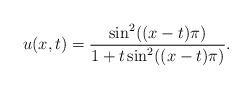
LaTeX: \begin{align*}u(x,t) = \dfrac{\sin^2((x-t)\pi)}{1+t \sin^2((x-t)\pi)}.\end{align*}